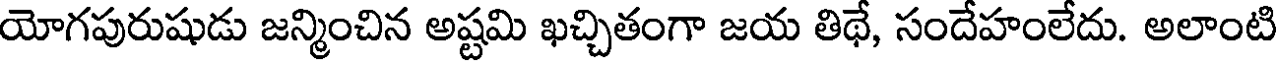
యోగపురుషుడు జన్మించిన అష్టమి ఖచ్చితంగా జయ తిథే, సందేహంలేదు. అలాంటి